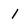
Character: 1